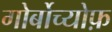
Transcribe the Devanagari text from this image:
गोर्बोच्योफ़